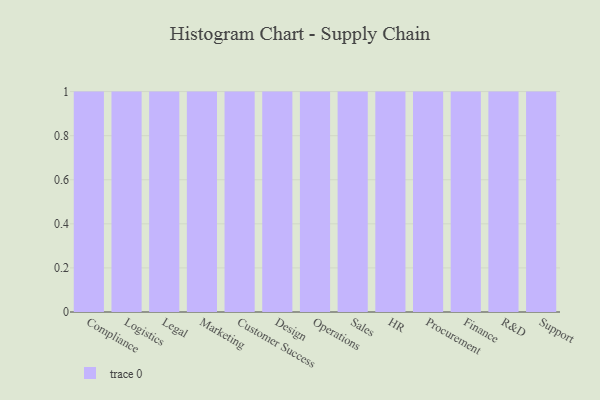
{"axis": {"x": "Department", "y": "Conversion Rate (%)"}, "legend": [""], "data": [{"x": "Compliance", "y": 26, "type": ""}, {"x": "Logistics", "y": 47, "type": ""}, {"x": "Legal", "y": 44, "type": ""}, {"x": "Marketing", "y": 9, "type": ""}, {"x": "Customer Success", "y": 25, "type": ""}, {"x": "Design", "y": 4, "type": ""}, {"x": "Operations", "y": 77, "type": ""}, {"x": "Sales", "y": 43, "type": ""}, {"x": "HR", "y": 4, "type": ""}, {"x": "Procurement", "y": 41, "type": ""}, {"x": "Finance", "y": 83, "type": ""}, {"x": "R&D", "y": 61, "type": ""}, {"x": "Support", "y": 19, "type": ""}]}